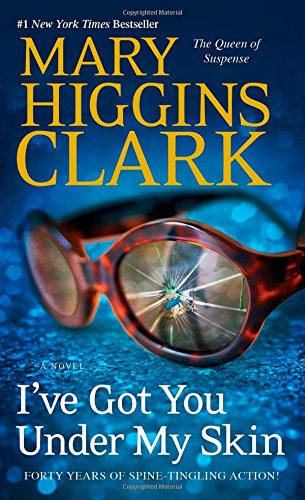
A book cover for I've Got You Under My Skin: A Novel (An Under Suspicion Novel); Mary Higgins Clark; Mystery, Thriller & Suspense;